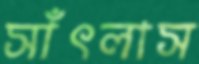
সাঁৎলাস